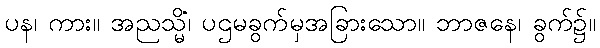
ပန၊ ကား။ အညသ္မိံ၊ ပဌမခွက်မှအခြားသော။ ဘာဇနေ၊ ခွက်၌။